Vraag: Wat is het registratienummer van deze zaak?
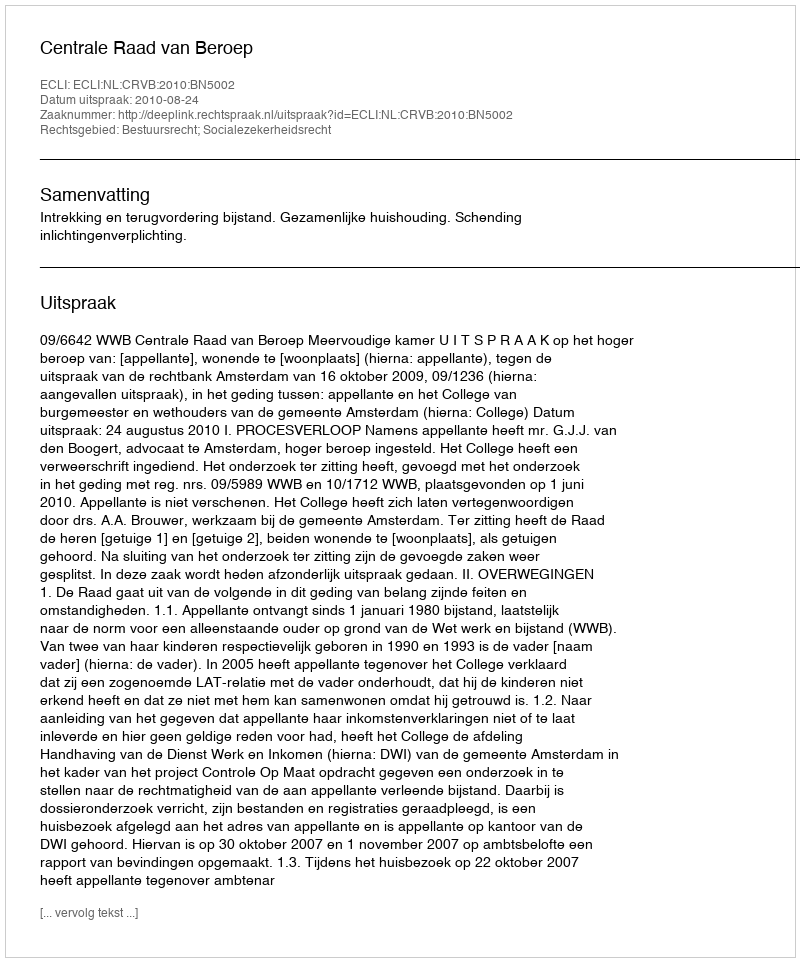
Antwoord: http://deeplink.rechtspraak.nl/uitspraak?id=ECLI:NL:CRVB:2010:BN5002